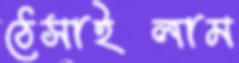
ঠেসাইলাম